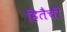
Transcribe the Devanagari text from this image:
हितैची